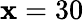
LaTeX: \mathbf{x}=30